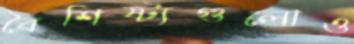
বৈশিষ্ট্যগুলোও